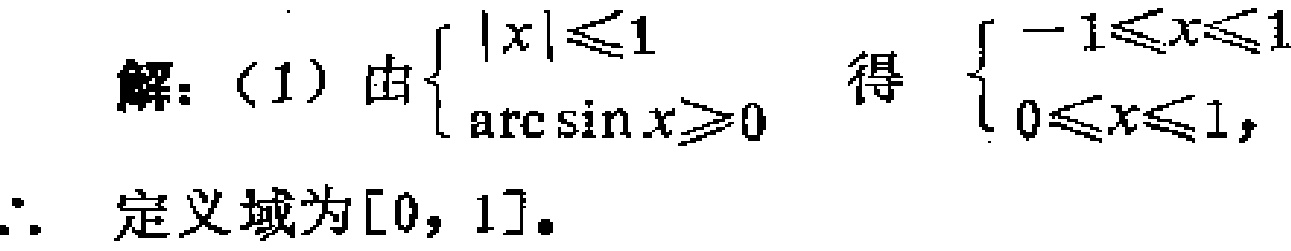
解：（1）由\(\begin{cases}

|x|\leq1 \\

\arcsin x\geq0

\end{cases}\)得\(\begin{cases}

-1\leq x\leq1 \\

0\leq x\leq1

\end{cases}\)，

\(\therefore\) 定义域为\([0, 1]\)。